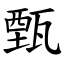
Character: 甄